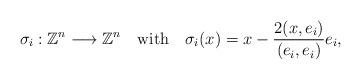
LaTeX: \begin{align*}\sigma_i : \mathbb{Z}^n \longrightarrow \mathbb{Z}^n \mbox{\,\,\,\, with \,\,\,\,} \sigma_i(x) = x - \frac{2(x,e_i)}{(e_i, e_i)}e_i,\end{align*}